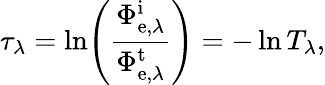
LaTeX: \tau_{\lambda}=\ln\! \left({\frac{\Phi_{\mathrm{e},\lambda}^{\mathrm{i}}}{\Phi_{\mathrm{e},\lambda}^{\mathrm{t}}}}\right)=-\ln T_{\lambda},